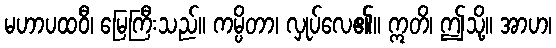
မဟာပထဝီ၊ မြေကြီးသည်။ ကမ္ပိတာ၊ လှုပ်လေ၏။ ဣတိ၊ ဤသို့။ အာဟ၊